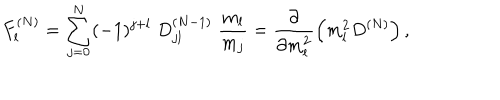
LaTeX: F _ { l } ^ { ( N ) } = \sum _ { j = 0 } ^ { N } ( - 1 ) ^ { j + l } \; D _ { j l } ^ { ( N - 1 ) } \; \frac { m _ { l } } { m _ { j } } = \frac { \partial } { \partial m _ { l } ^ { 2 } } \left( m _ { l } ^ { 2 } D ^ { ( N ) } \right) ,